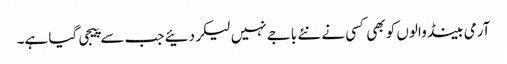
آرمی بینڈ والوں کو بھی کسی نے نئے باجے نہیں لیکر دئیے جب سے پیجی گیا ہے۔